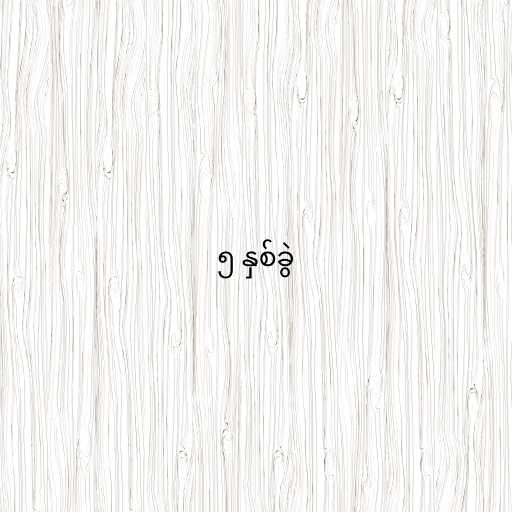
၅ နှစ်ခွဲ